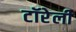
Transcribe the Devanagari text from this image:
टॉरेली